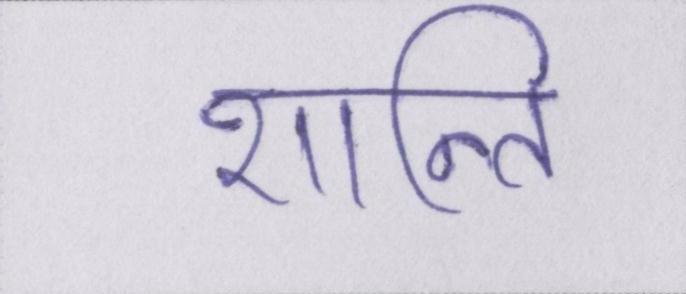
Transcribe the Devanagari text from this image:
शान्ति